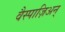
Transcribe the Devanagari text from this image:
वैस्पाज़िअन्